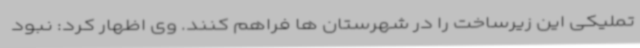
تملیکی این زیرساخت را در شهرستان ها فراهم کنند. وی اظهار کرد: نبود